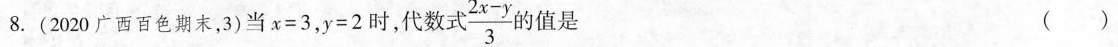
8.(2020广西百色期末，3)当$$x = 3$$，$$y = 2$$时，代数式$$\frac { 2 x - y } { 3 }$$的值是 ( )